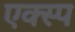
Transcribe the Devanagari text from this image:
एक्स्प